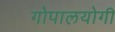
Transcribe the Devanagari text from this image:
गोपालयोगी